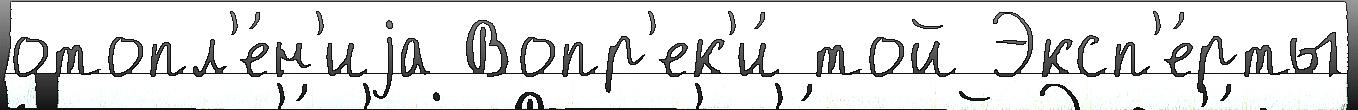
отопл'е́н'иjа Вопр'ек'и́ той Эксп'е́рты